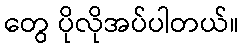
တွေ ပိုလိုအပ်ပါတယ်။